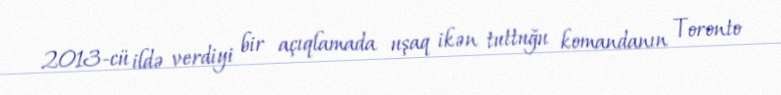
2013-cü ildə verdiyi bir açıqlamada uşaq ikən tuttuğu komandanın Toronto